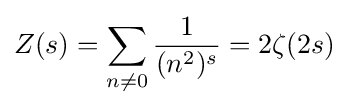
Z(s)=\sum _{n\neq 0}{\frac {1}{(n^{2})^{s}}}=2\zeta (2s)